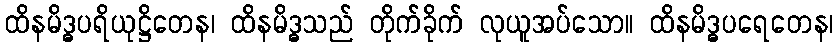
ထိနမိဒ္ဓပရိယုဋ္ဌိတေန၊ ထိနမိဒ္ဓသည် တိုက်ခိုက် လုယူအပ်သော။ ထိနမိဒ္ဓပရေတေန၊